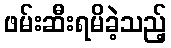
ဖမ်းဆီးရမိခဲ့သည့်